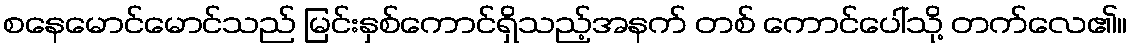
စနေမောင်မောင်သည် မြင်းနှစ်ကောင်ရှိသည့်အနက် တစ် ကောင်ပေါ်သို့ တက်လေ၏။